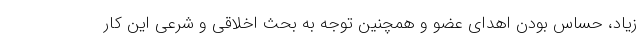
زیاد، حساس بودن اهدای عضو و همچنین توجه به بحث اخلاقی و شرعی این کار